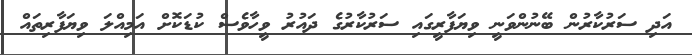
އަދި ސަރުކާރުން ބޭނުންވަނީ ވިޔަފާރީގައި ސަރުކާރުގެ ދައުރު ވީހާވެސް ކުޑަކޮށް އަމިއްލަ ވިޔަފާރިތައް